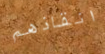
انقاذهم